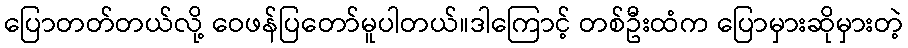
ပြောတတ်တယ်လို့ ဝေဖန်ပြတော်မူပါတယ်။ဒါကြောင့် တစ်ဦးထံက ပြောမှားဆိုမှားတဲ့